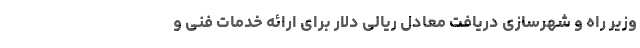
وزیر راه و شهرسازی دریافت معادل ریالی دلار برای ارائه خدمات فنی و